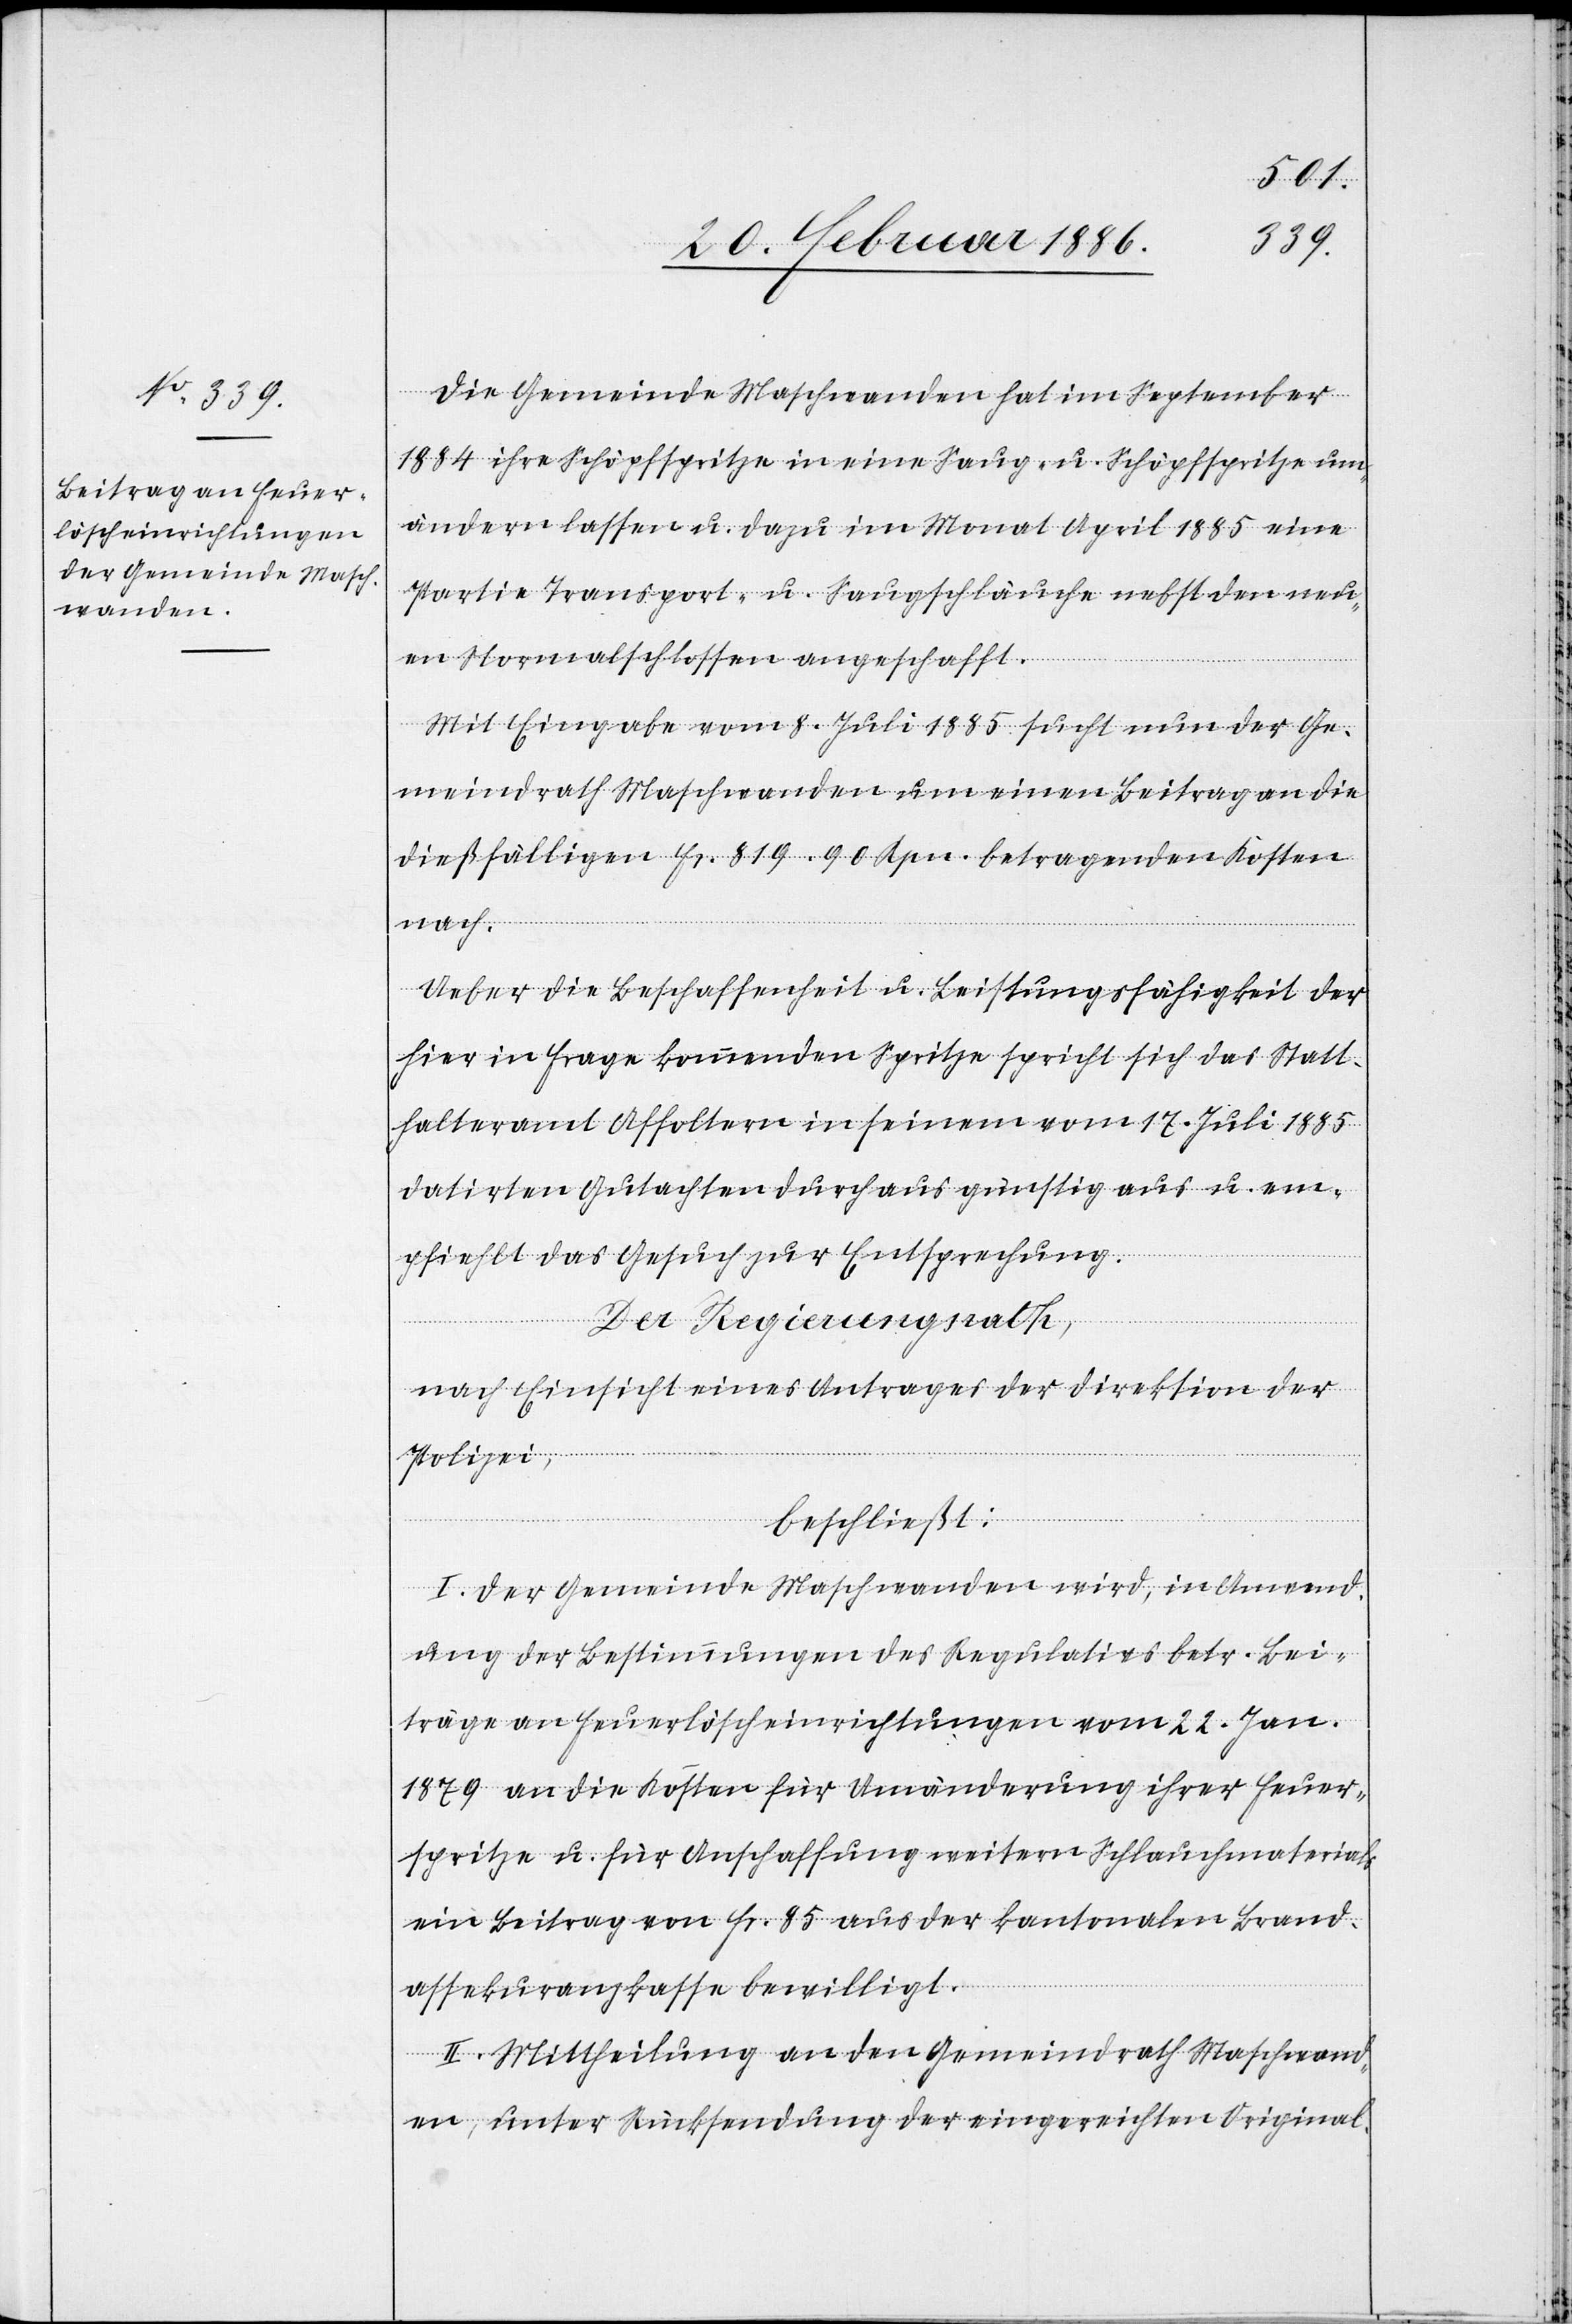
Die Gemeinde Maschwanden hat im September
1884 ihre Schöpfspritze in eine Saug- u. Schöpfspritze um¬
ändern lassen u. dazu im Monat April 1885 eine
Partie Transport- u. Saugschläuche nebst den neu¬
en Normalschlossen angeschafft.
Mit Eingabe vom 8. Juli 1885 sucht nun der Ge¬
meindrath Maschwanden um einen Beitrag an die
dießfälligen Fr. 819.90 Rpn. betragenden Kosten
lösch¬
Ueber die Beschaffenheit u. Leistungsfähigkeit der
hier in Frage kommenden Spritze spricht sich das Statt¬
halteramt Affoltern in seinem vom 17. Juli 1885
datirten Gutachten durchaus günstig aus u. em¬
pfiehlt das Gesuch zur Entsprechung.
Der Regierungsrath,
nach Einsicht eines Antrages der Direktion der
Polizei,
beschließt:
I. Der Gemeinde Maschwanden wird, in Anwend¬
ung der Bestimmungen des Regulatives betr. Bei¬
träge an Feuerlöscheinrichtungen vom 22. Jan.
1879 an die Kosten für Umänderung ihrer Feuer¬
spritze u. für Anschaffung weitern Schlauchmaterials
ein Beitrag von Fr. 85 aus der kantonalen Brand¬
assekuranzkasse bewilligt.
II. Mittheilung an den Gemeindrath Maschwand¬
en, unter Rücksendung der eingereichten Original-